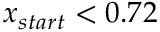
x _ { s t a r t } < 0 . 7 2